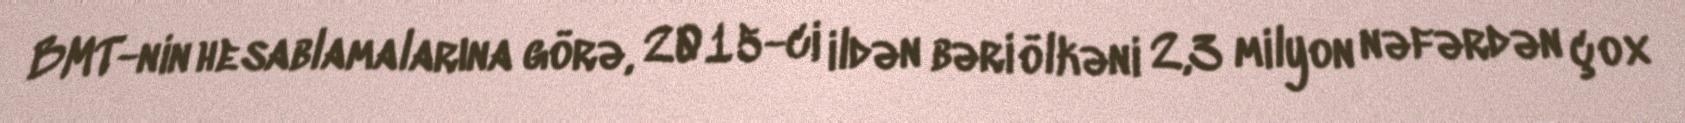
BMT-nin hesablamalarına görə, 2015-ci ildən bəri ölkəni 2,3 milyon nəfərdən çox